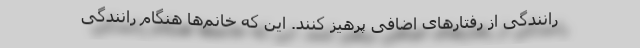
رانندگی از رفتارهای اضافی پرهیز کنند. این که خانم‌ها هنگام رانندگی